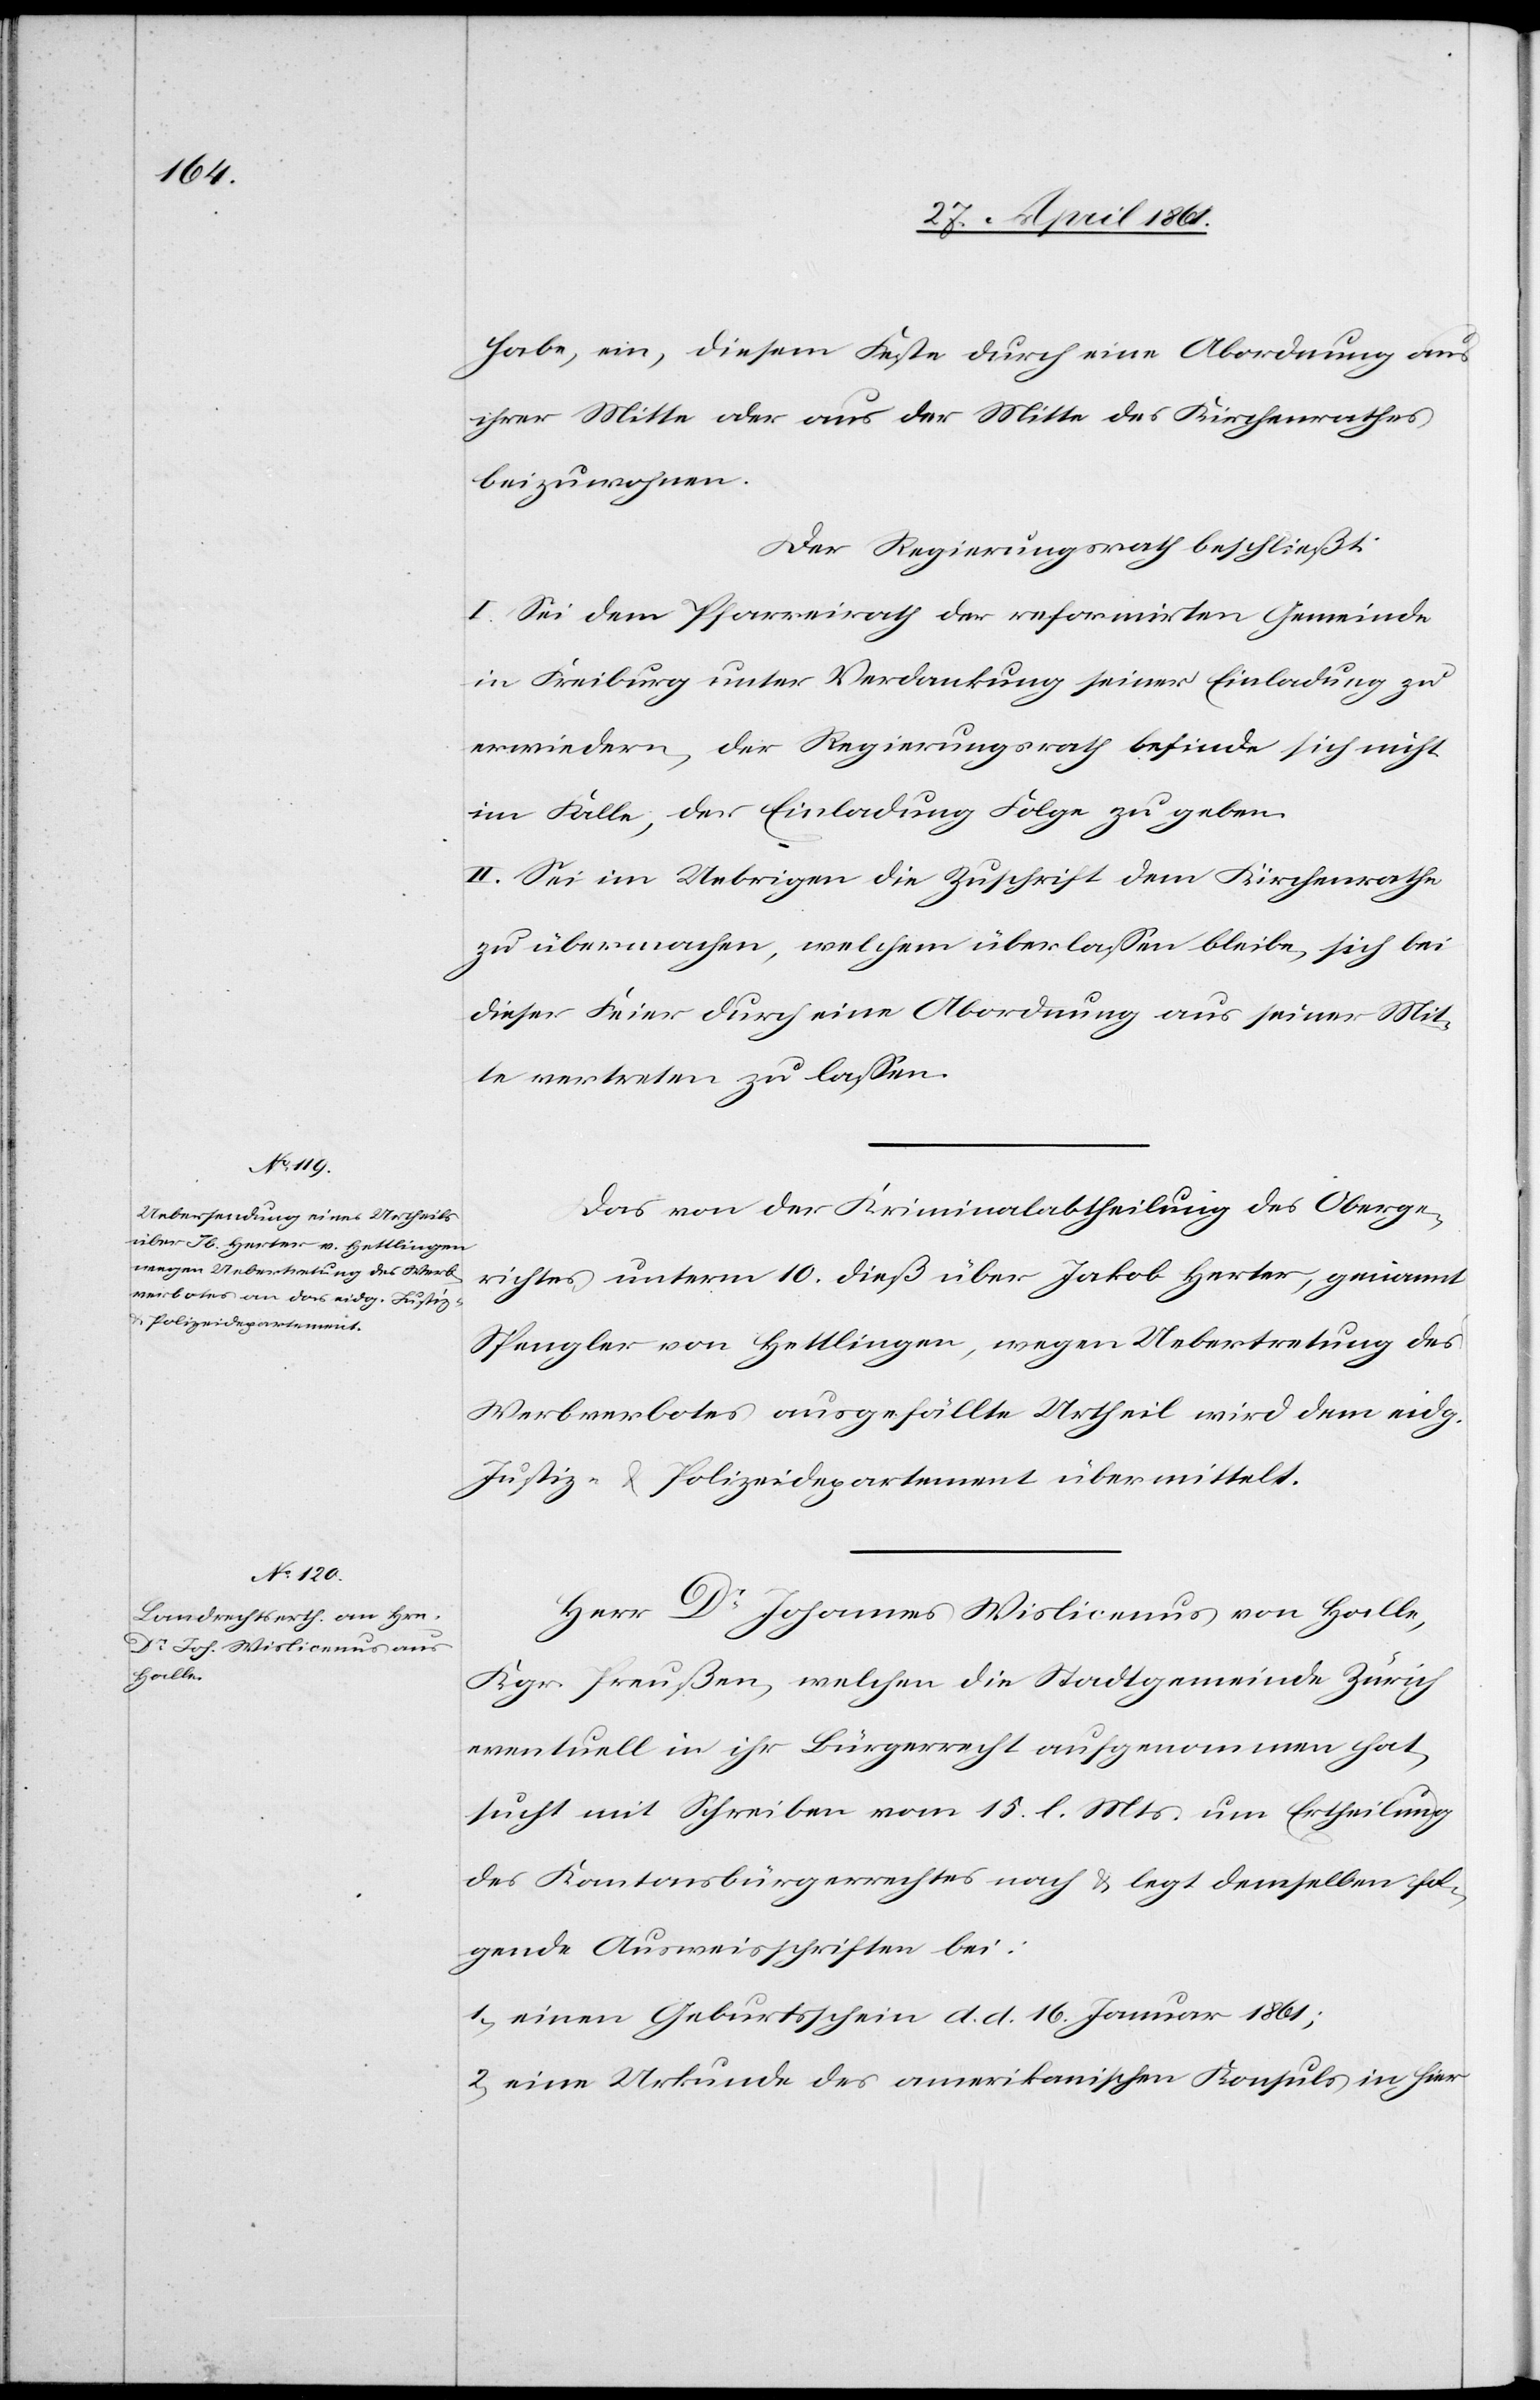
habe, ein, diesem Feste durch eine Abordnung aus
ihrer Mitte oder aus der Mitte des Kirchenrathes
beizuwohnen.
Der Regierungsrath beschließt:
I. Sei dem Pfarreirath der reformirten Gemeinde
in Freiburg unter Verdankung seiner Einladung zu
erwiedern, der Regierungsrath befinde sich nicht
im Falle, der Einladung Folge zu geben.
II. Sei im Uebrigen die Zuschrift dem Kirchenrathe
zu übermachen, welchem überlassen bleibe, sich bei
dieser Feier durch eine Abordnung aus seiner Mit¬
te vertreten zu lassen.
Das von der Kriminalabtheilung des Oberge¬
richtes unterm 10. dieß über Jakob Herter, genannt
Spengler von Hettlingen, wegen Uebertretung des
Werbverbotes ausgefällte Urtheil wird dem eidg.
Justiz- u. Polizeidepartement übermittelt.
Herr Dr. Johannes Wislicemus von Halle,
Kgr. Preußen, welchen die Stadtgemeinde Zürich
eventuell in ihr Bürgerrecht aufgenommen hat,
sucht mit Schreiben vom 15. l. Mts. um Ertheilung
des Kantonsbürgerrechtes nach u. legt demselben fol¬
gende Ausweisschriften bei:
1) einen Geburtsschein d. d. 16. Januar 1861;
2) eine Urkunde des amerikanischen Konsuls in hier